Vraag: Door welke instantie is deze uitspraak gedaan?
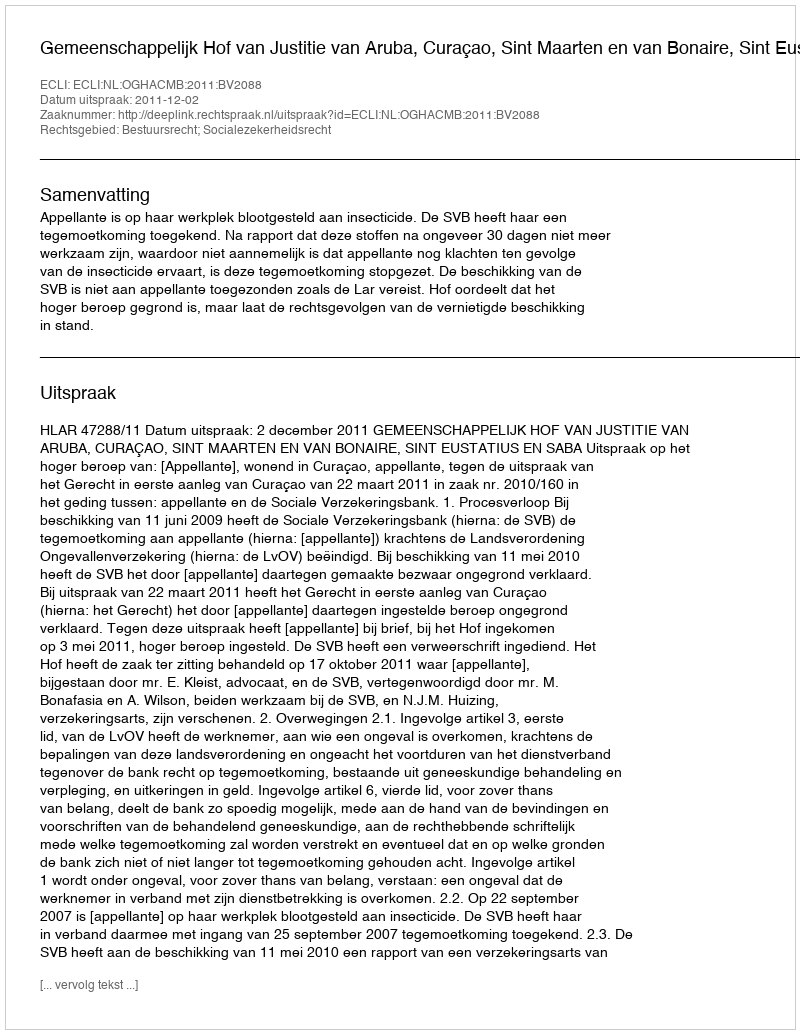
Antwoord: Gemeenschappelijk Hof van Justitie van Aruba, Curaçao, Sint Maarten en van Bonaire, Sint Eustatius en Saba